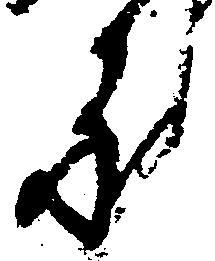
承